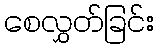
စေလွှတ်ခြင်း